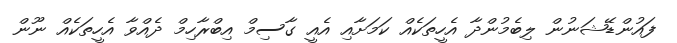
ފައުންޑޭޝަނުން ލިބެމުންދާ އެހީތަކެއް ކަމަށާއި އެއީ ގާސިމް އިބްރާހިމް ދެއްވާ އެހީތަކެއް ނޫން